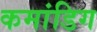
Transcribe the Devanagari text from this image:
कमांडिग